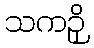
သကဉှိ